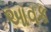
આવક